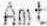
AMT